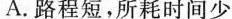
A. 路程短，所耗时间少